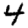
Digit: 4